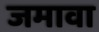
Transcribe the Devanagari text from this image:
जमावा